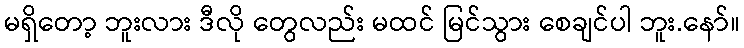
မရှိတော့ ဘူးလား ဒီလို တွေလည်း မထင် မြင်သွား စေချင်ပါ ဘူး.နော်။